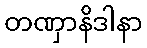
တဏှာနိဒါနာ